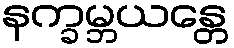
နက္ခမ္ဘယန္တေ